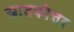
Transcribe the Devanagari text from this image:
स्रातकोत्तर